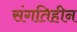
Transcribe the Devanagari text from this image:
संगतिहीन